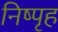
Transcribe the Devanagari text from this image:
निष्पृह